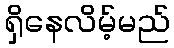
ရှိနေလိမ့်မည်